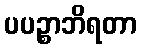
ပပဉ္စာဘိရတာ